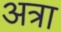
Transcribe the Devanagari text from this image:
अत्रा